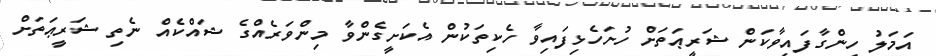
އަމަލު ހިންގާފައިވާކަން ޝަރީޢަތަށް ހުށަހެޅިފައިވާ ހެކިތަކުން އެކަށީގެންވާ މިންވަރެއްގެ ޝައްކެއް ނެތި ޝަރީޢަތަށް